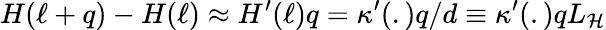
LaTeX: H(\ell+q)-H(\ell)\approx H^{\prime}(\ell)q=\kappa^{\prime}(.)q/d\equiv\kappa^{\prime}(.)qL_{\cal H}